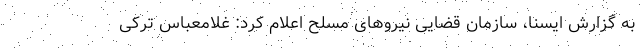
به گزارش ایسنا، سازمان قضایی نیروهای مسلح اعلام کرد: غلامعباس ترکی